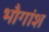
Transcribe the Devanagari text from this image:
भौगांश